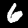
Digit: 6